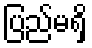
ပြည်မရှိ